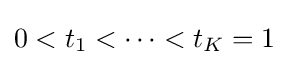
0<t_{1}<\cdots <t_{K}=1